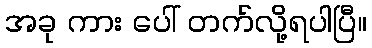
အခု ကား ပေါ် တက်လို့ရပါပြီ။